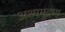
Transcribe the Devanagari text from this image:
अश्ममुद्रण